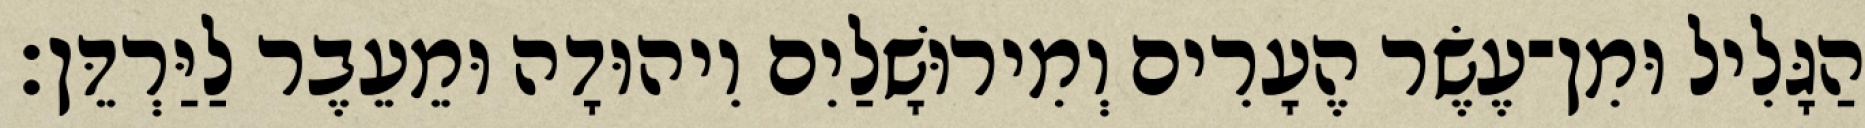
הַגָּלִיל וּמִן־עֶשֶׂר הֶעָרִים וְמִירוּשָׁלַיִם וִיהוּדָה וּמֵעֵבֶר לַיַּרְדֵּן׃